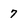
Character: 7